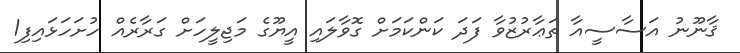
ޤާނޫނު އަސާސީއާ ތަޢާރުޒުވާ ފަދަ ކަންކަމަށް ގޮވާލައި އީޔޫގެ މަޖިލީހަށް ގަރާރެއް ހުށަހަޅައިފި1